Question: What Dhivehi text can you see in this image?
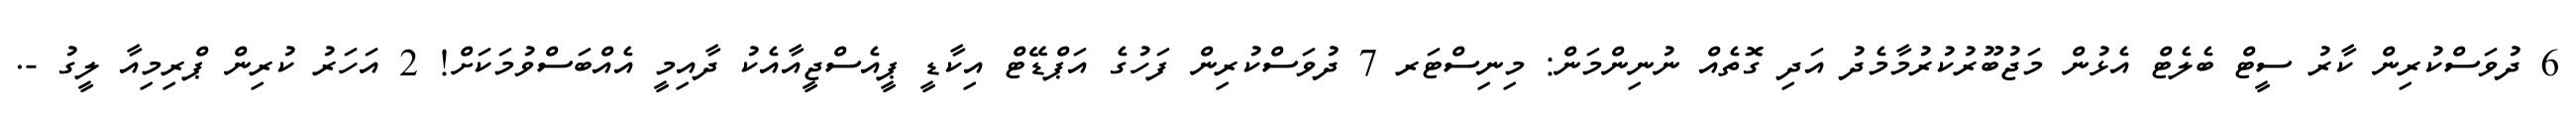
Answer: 6 ދުވަސްކުރިން ކާރު ސީޓް ބެލެޓް އެޅުން މަޖުބޫރުކުރުމާމެދު އަދި ގޮތެއް ނުނިންމަން: މިނިސްޓަރ 7 ދުވަސްކުރިން ފަހުގެ އަޕްޑޭޓް އިކާޑީ ޕީއެސްޖީއާއެކު ދާއިމީ އެއްބަސްވުމަކަށް! 2 އަހަރު ކުރިން ޕްރިމިއާ ލީގު -.